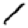
Digit: 1